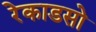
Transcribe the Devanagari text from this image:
रेकाडसो